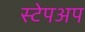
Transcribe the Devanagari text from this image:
स्टेपअप